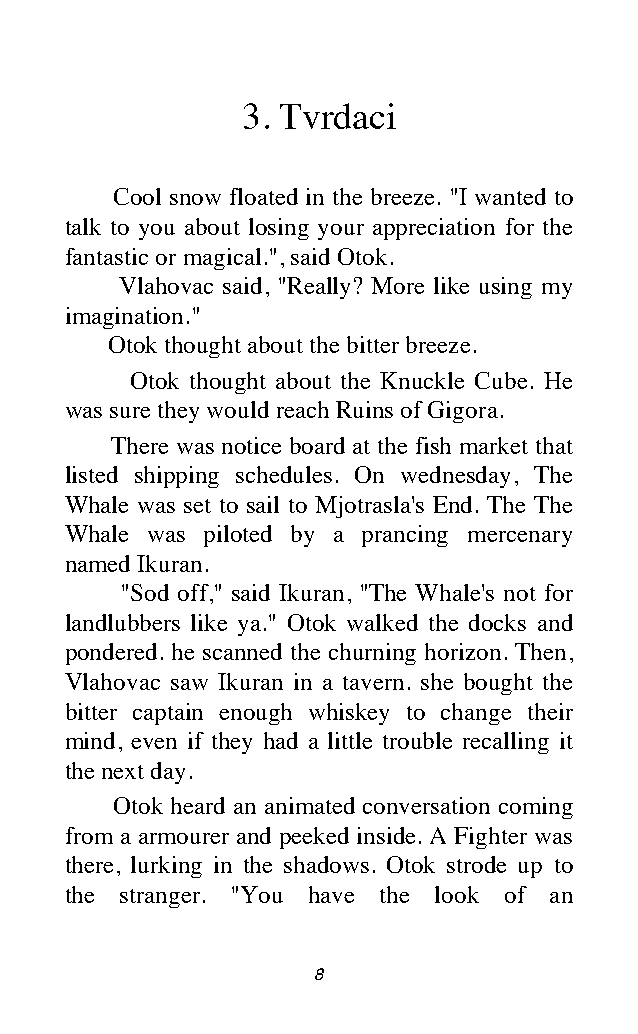
3. Tvrdaci
 Cool snow floated in the breeze. "I wanted to
 talk to you about losing your appreciation for the
 fantastic or magical.", said Otok.
 Vlahovac said, "Really? More like using my
 imagination."
 Otok thought about the bitter breeze.
 Otok thought about the Knuckle Cube. He
 was sure they would reach Ruins of Gigora.
 There was notice board at the fish market that
 listed shipping schedules. On wednesday, The
 Whale was set to sail to Mjotrasla's End. The The
 Whale was piloted by a prancing mercenary
 named Ikuran.
 "Sod off," said Ikuran, "The Whale's not for
 landlubbers like ya." Otok walked the docks and
 pondered. he scanned the churning horizon. Then,
 Vlahovac saw Ikuran in a tavern. she bought the
 bitter captain enough whiskey to change their
 mind, even if they had a little trouble recalling it
 the next day.
 Otok heard an animated conversation coming
 from a armourer and peeked inside. A Fighter was
 there, lurking in the shadows. Otok strode up to
 the stranger. "You have the look of an
 8